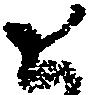
と